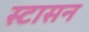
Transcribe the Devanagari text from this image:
स्टासन